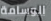
الوسامة